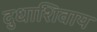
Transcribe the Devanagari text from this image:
दुधाशिवाय